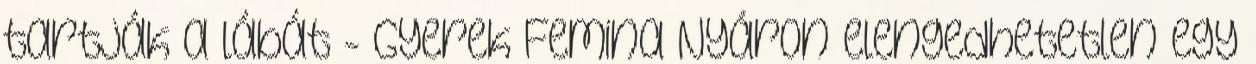
tartják a lábát - Gyerek Femina Nyáron elengedhetetlen egy